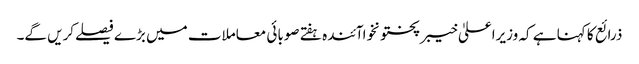
ذرائع کا کہنا ہے کہ وزیراعلیٰ خیبرپختونخواآئندہ ہفتے صوبائی معاملات میں بڑے فیصلےکریں گے۔